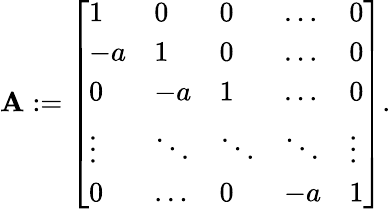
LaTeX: \begin{array}{r}{\mathbf{A}:=\left[\begin{array}{lllll}{1}&{0}&{0}&{\ldots}&{0}\\ {-a}&{1}&{0}&{\ldots}&{0}\\ {0}&{-a}&{1}&{\ldots}&{0}\\ {\vdots}&{\ddots}&{\ddots}&{\ddots}&{\vdots}\\ {0}&{\ldots}&{0}&{-a}&{1}\end{array}\right].}\end{array}